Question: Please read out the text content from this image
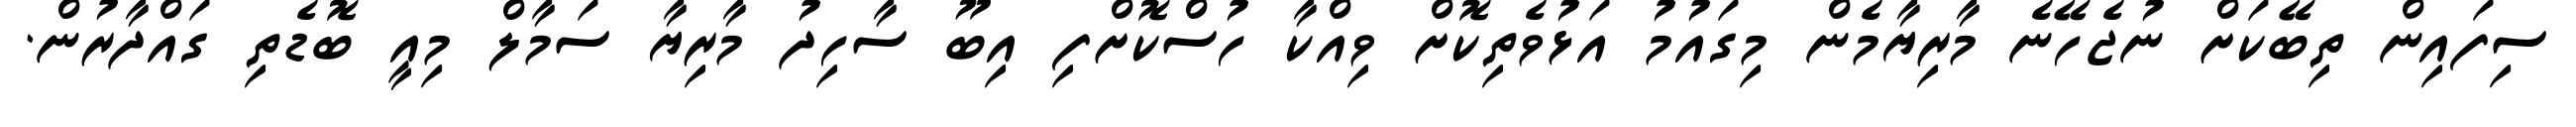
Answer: ސިފައިން ތިބޭކަށް ނުޖެހޭނެ މާރިޔާމެން މިގައުމު އަޅުވެތިކޮށް ވިއްކާ ހުސްކޮށްފި އިބޫ ސާހިދު މާރިޔާ ސަމާލް މިއީ ބޮޑެތި ގައްދާރުން.